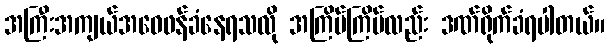
အကြီးအကျယ်အဝေဖန်ခံနေရသလို အကြိမ်ကြိမ်လည်း ဒဏ်ရိုက်ခံရပါတယ်။